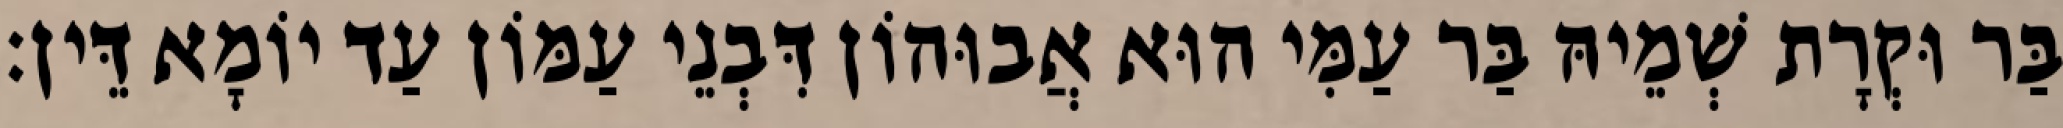
בַּר וּקְרָת שְׁמֵיהּ בַּר עַמִּי הוּא אֲבוּהוֹן דִּבְנֵי עַמּוֹן עַד יוֹמָא דֵּין׃